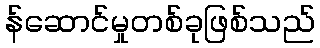
န်ဆောင်မှုတစ်ခုဖြစ်သည်